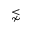
\lnsim